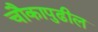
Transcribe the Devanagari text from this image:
चौकापुढील